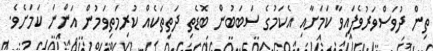
ތިން ދުވަސްވަރުވެފައިވާ ކަމަށާއި އެކަމުގެ ސަބަބުން ބޮޑެތި ދަތިތަކެއް ކުރިމަތިވަމުން އަންނަ ކަމަށެވެ.